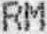
RM